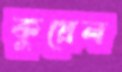
কুয়েল